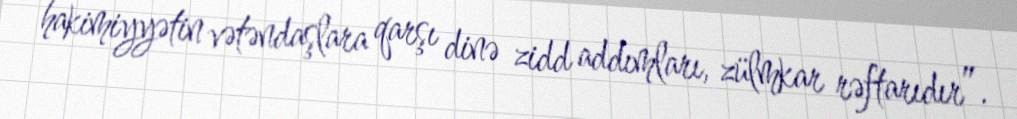
hakimiyyətin vətəndaşlara qarşı dinə zidd addımları, zülmkar rəftarıdır”.